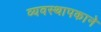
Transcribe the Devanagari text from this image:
व्यवस्थापकाने